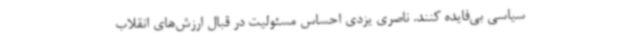
سیاسی بی‌فایده کنند. ناصری یزدی احساس مسئولیت در قبال ارزش‌های انقلاب